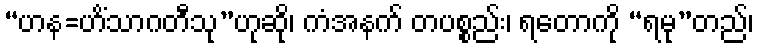
“ဟန=ဟိံသာဂတီသု”ဟုဆို၊ ကံအနက် တပစ္စည်း၊ ရတောကို “ရမု”တည်၊